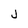
Character: j